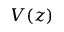
V ( z )